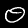
Label: 0